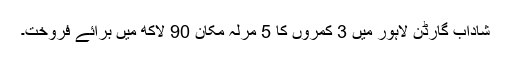
شاداب گارڈن لاہور میں 3 کمروں کا 5 مرلہ مکان 90 لاکھ میں برائے فروخت۔